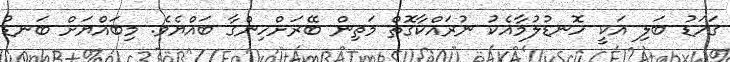
ގަހަޑު ބަލި އަކީ ހޮނޑުލުމާއެކު ނުރައްކާގޮތް މަތިން ބޭރަށްހިންގާ ބައްޔެވެ. މިބައްޔަށް ބަނޑު